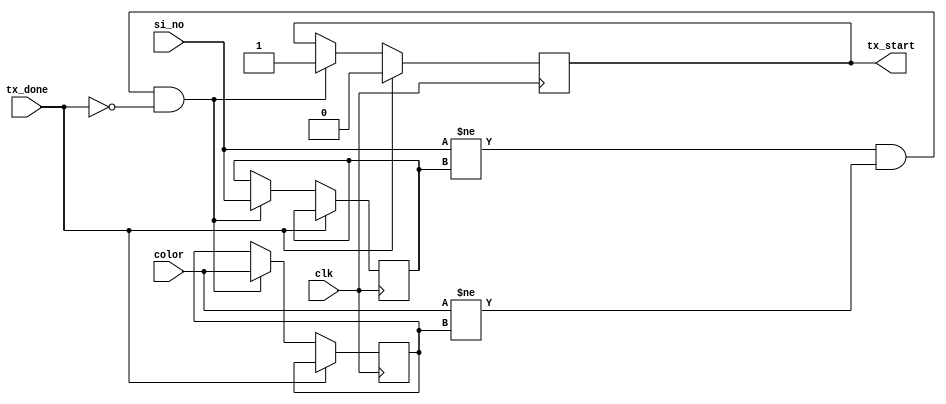
/* Module SM1118_Status_Update

This Module is responsible to update the Status Identification
for each successful detection by the bot.
This Node will also control the UART, So that it is will transmit
the messages only once.

Status Update Design
Input  : clk     - 50Mhz Clock
         tx_done - Status of message Transmission
         si_no   - 2-bit Status Number
         color   - 2-bit Color Value
Output : tx_start - Enable message Transmission
*/

// Module Declaration
module SM1118_Status_Update(
    input tx_done,
    input clk,
    input [1:0] color, si_no,
    output reg tx_start
);

// Variable Declaration
reg [1:0] local_si = 0, local_color = 0;

always @(posedge clk) begin
    // If message Transmission is completed, then make tx_start to 0
    if (tx_done == 1) begin
        tx_start = 0;
    end
    else begin
        // Make sure same message doesn't not transmitted multiple times
        if(si_no != local_si && color != local_color && tx_done == 0) begin
            tx_start = 1;
            local_si = si_no; local_color = color;
        end
    end
end

endmodule